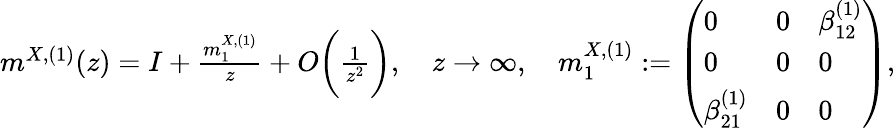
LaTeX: \begin{array}{r}{m^{X,(1)}(z)=I+\frac{m_{1}^{X,(1)}}{z}+O\biggl(\frac{1}{z^{2}}\biggr),\quad z\to\infty,\quad m_{1}^{X,(1)}:=\left(\begin{array}{lll}{0}&{0}&{\beta_{12}^{(1)}}\\ {0}&{0}&{0}\\ {\beta_{21}^{(1)}}&{0}&{0}\end{array}\right),}\end{array}